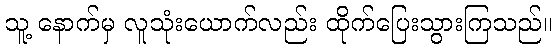
သူ့ နောက်မှ လူသုံးယောက်လည်း ထိုက်ပြေးသွားကြသည်။